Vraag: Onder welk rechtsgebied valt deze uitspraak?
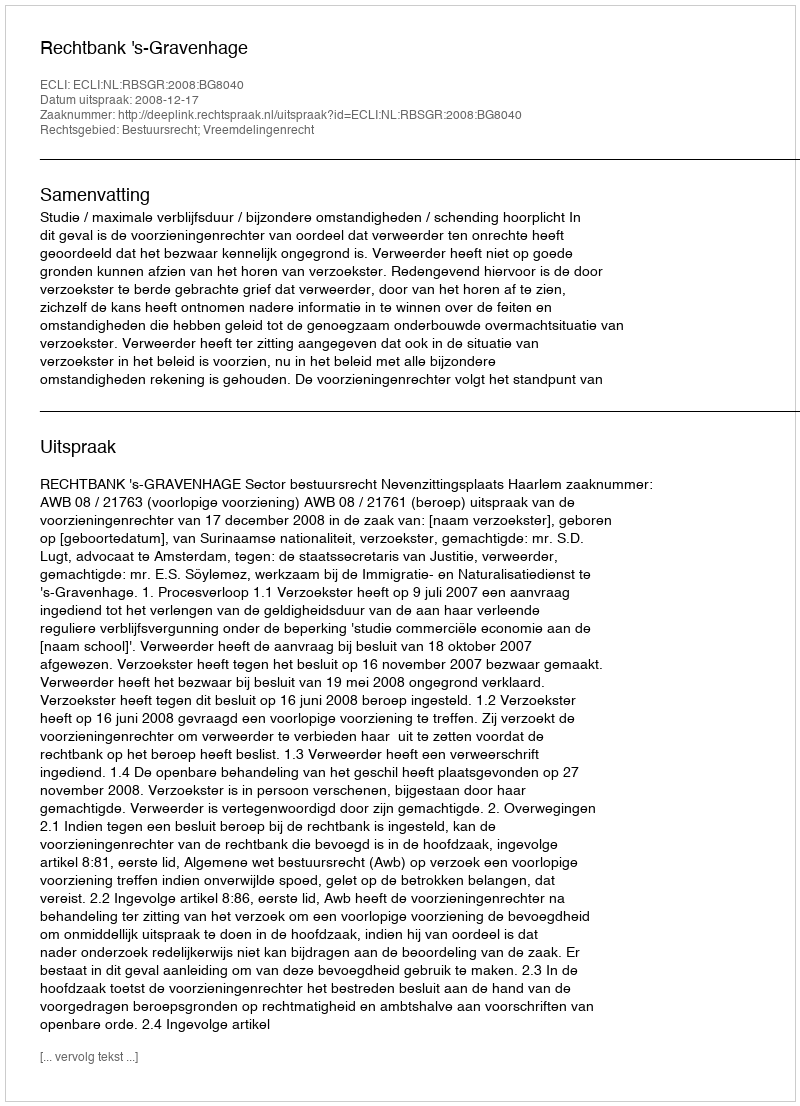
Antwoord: Bestuursrecht; Vreemdelingenrecht